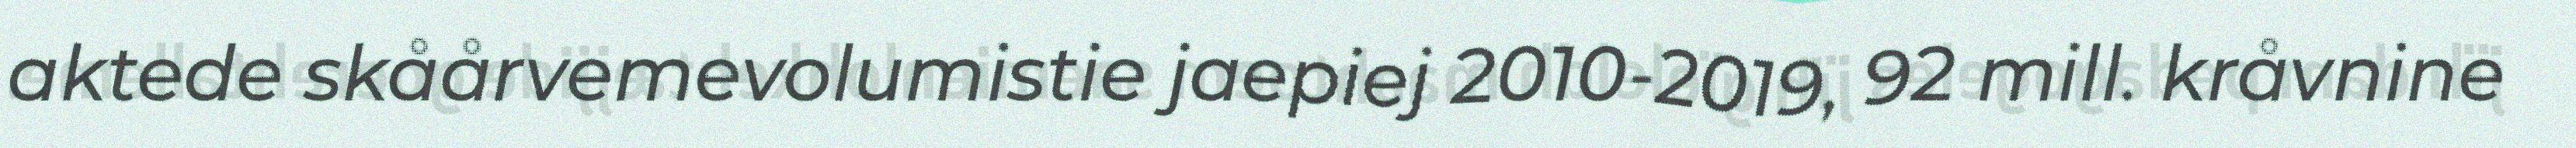
aktede skåårvemevolumistie jaepiej 2010-2019, 92 mill. kråvnine